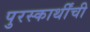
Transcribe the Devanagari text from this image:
पुरस्कार्थींची